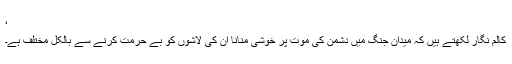
‘
کالم نگار لکھتے ہیں کہ میدانِ جنگ میں دشمن کی موت پر خوشی منانا اُن کی لاشوں کو بے حرمت کرنے سے بالکل مختلف ہے۔